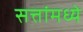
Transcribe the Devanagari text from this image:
सत्तांमध्ये